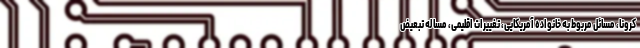
کرونا، مسائل مربوط به خانواده آمریکایی، تغییرات اقلیمی، مساله تبعیض